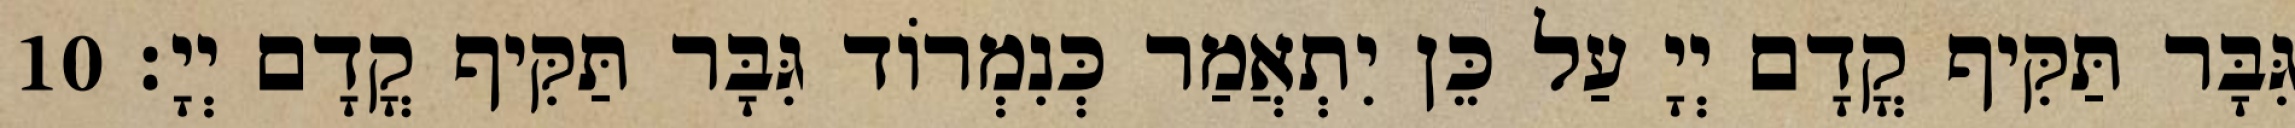
גִּבָּר תַּקִּיף קֳדָם יְיָ עַל כֵּן יִתְאֲמַר כְּנִמְרוֹד גִּבָּר תַּקִּיף קֳדָם יְיָ׃ 10